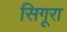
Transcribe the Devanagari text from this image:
सिगूरा